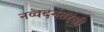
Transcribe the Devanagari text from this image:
नव्वदनंतरची